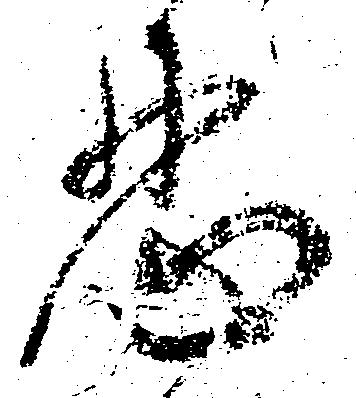
忍